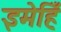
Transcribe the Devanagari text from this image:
इमेहिँ